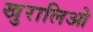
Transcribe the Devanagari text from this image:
खुरालिओ